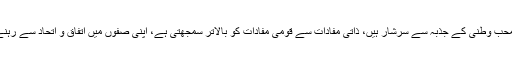
14 اگست (اے پی پی) وفاقی وزیر برائے دفاع پرویز خٹک نے کہا ہے کہ ہماری نوجوان نسل اور قیادت محب وطنی کے جذبہ سے سرشار ہیں، ذاتی مفادات سے قومی مفادات کو بالاتر سمجھتی ہے، اپنی صفوں میں اتفاق و اتحاد سے رہنے کی صلاحیت رکھتی ہیں، ایسی قوم اور قیادت ملک کی تعمیر و ترقی میں اپنا کردار ضرور ادا کرے گی۔